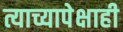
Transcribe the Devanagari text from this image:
त्याच्यापेक्षाही